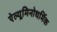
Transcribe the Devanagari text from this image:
ऐल्यूमिनोथर्मिक